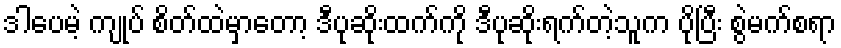
ဒါပေမဲ့ ကျုပ် စိတ်ထဲမှာတော့ ဒီပုဆိုးထက်ကို ဒီပုဆိုးရက်တဲ့သူက ပိုပြီး စွဲမက်စရာ